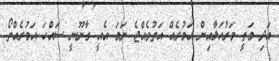
އަދި މަތީ މަރުހަލާއިން އަމުރެއް އަތުވެއްޖެ ނަމަ އެއީ ގާނޫނީ ސައްހަ އަމުރެއްތޯ